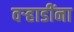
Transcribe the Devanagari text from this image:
वऱ्हाडींना